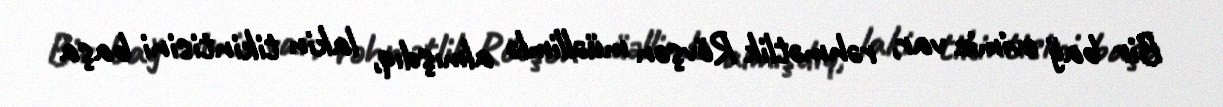
Bir bağ evimiz var, rəhmətlik Rövşən müəllimlə almışdıq, lakin tikintisini başa